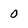
Character: 0